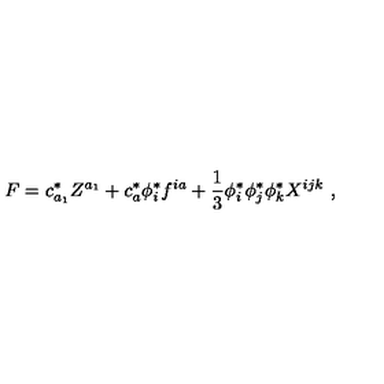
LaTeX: F = c _ { a _ { 1 } } ^ { * } Z ^ { a _ { 1 } } + c _ { a } ^ { * } \phi _ { i } ^ { * } f ^ { i a } + \frac { 1 } { 3 } \phi _ { i } ^ { * } \phi _ { j } ^ { * } \phi _ { k } ^ { * } X ^ { i j k } \ ,